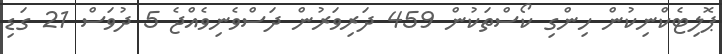
ޕޮލިޓެކްނިކުން ހިންގި ކޯސްތަކުން 459 ދަރިވަރުން ދަސްވެނިވެއްޖެ 5 ދުވަސް 21 ގަޑި